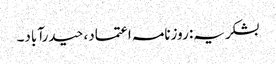
بشکریہ: روزنامہ اعتماد، حیدرآباد۔